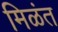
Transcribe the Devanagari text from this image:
मिळंत